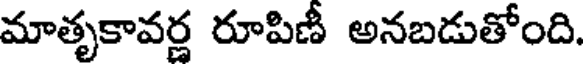
మాతృకావర్ణ రూపిణీ అనబడుతోంది.